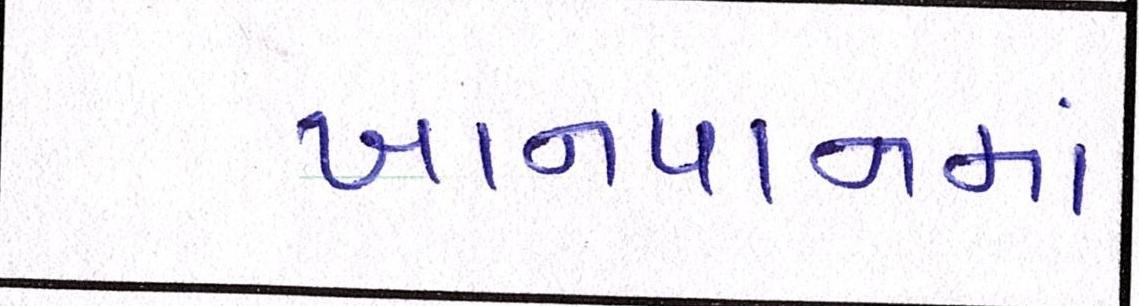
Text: ખાનપાનમાં